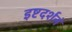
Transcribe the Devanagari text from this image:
इष्टदर्शनं